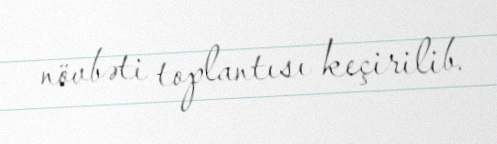
növbəti toplantısı keçirilib.